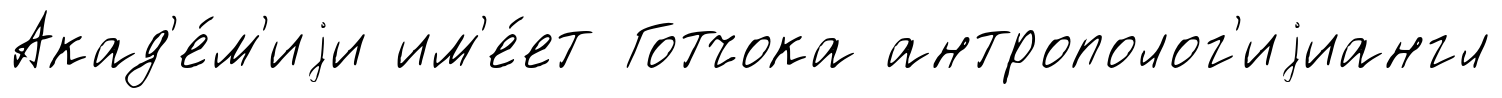
Акад'е́м'иjи им'е́ет Готчока антрополог'иjиангл